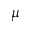
\mu